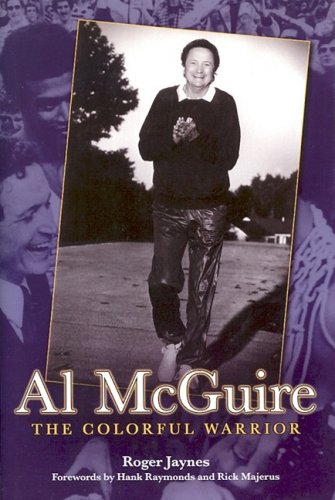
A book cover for Al Mcguire: The Colorful Warrior; Roger Jaynes; Sports & Outdoors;